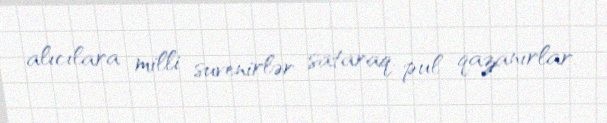
alıcılara milli suvenirlər sataraq, pul qazanırlar.